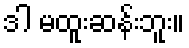
ဒါ မထူးဆန်းဘူး။